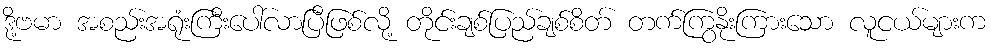
ဒို့ဗမာ အစည်းအရုံးကြီးပေါ်လာပြီဖြစ်လို့ တိုင်းချစ်ပြည်ချစ်စိတ် တက်ကြွနိုးကြားသော လူငယ်များက